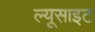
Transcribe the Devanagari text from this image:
ल्यूसाइट